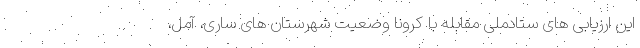
این ارزیابی های ستادملی مقابله با کرونا وضعیت شهرستان های ساری، آمل،